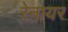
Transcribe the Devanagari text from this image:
रेनायर